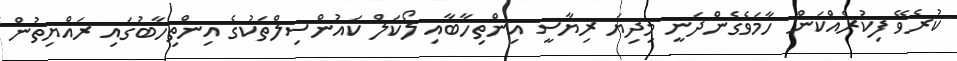
ކުރެވޭ ފިކުރެއްކަން ހާމަވެގެންދަނީ މިދިޔަ ރިޔާސީ އިންތިހާބާއި ލޯކަލް ކައުންސިލްތަކުގެ އިންތިހާބުގައި ރައްޔިތުން